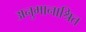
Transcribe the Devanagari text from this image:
अनुमानाश्रित